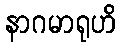
နာဂမာရုဟိ